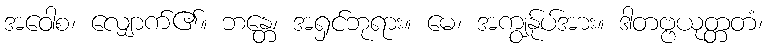
အဝေါစ၊ လျှောက်၏။ ဘန္တေ၊ အရှင်ဘုရား။ မေ၊ အကျွန်ုပ်အား။ ဒါတဗ္ဗယုတ္တတံ၊